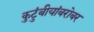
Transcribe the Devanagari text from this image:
कुटुंबीयांबरोबर